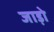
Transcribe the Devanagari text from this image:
जाड़ो